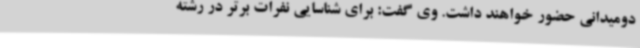
دومیدانی حضور خواهند داشت. وی گفت: برای شناسایی نفرات برتر در رشته